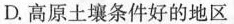
D.高原土壤条件好的地区